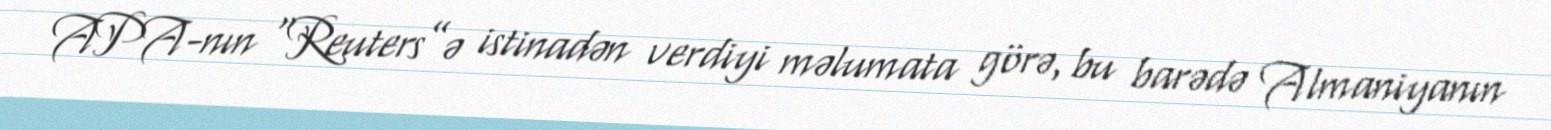
APA-nın “Reuters”ə istinadən verdiyi məlumata görə, bu barədə Almaniyanın